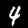
Label: 4